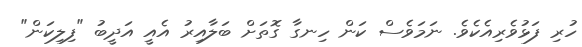
ހުރި ފަޅުވެރިއެކެވެ. ނަމަވެސް ކަން ހިނގާ ގޮތަށް ބަލާއިރު އެއީ އަދީބު "ފިލިކަން"